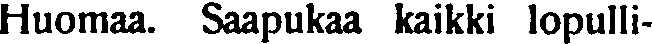
Huomaa. Saapukaa kaikki lopulli-